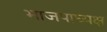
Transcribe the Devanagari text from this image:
भाजपाध्यक्ष